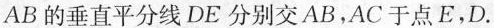
AB的垂直平分线DE分别交AB，AC于点E，D.